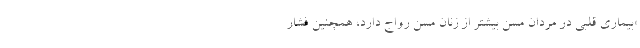
«بیماری قلبی در مردان مسن بیشتر از زنان مسن رواج دارد، همچنین فشار